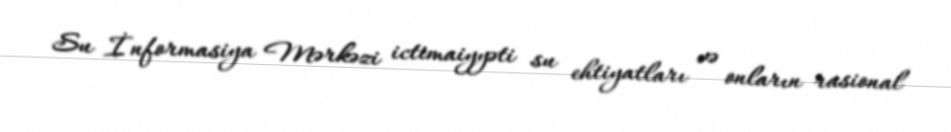
Su İnformasiya Mərkəzi ictimaiyyəti su ehtiyatları və onların rasional